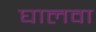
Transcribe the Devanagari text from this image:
घालवा